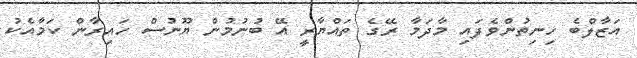
އަޒާލްބެ ހިނިތުންވެފައި މާދަމާ ރޭގެ ތައްޔާރީ އޭ ބުނުމުން ޔޫނުސް ހައިރާން ކަމާއެކު